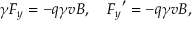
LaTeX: \gamma F _ { y } = - q \gamma v B , \quad { F _ { y } } ^ { \prime } = - q \gamma v B ,